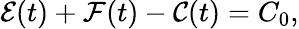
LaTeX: \mathcal{E}(t)+\mathcal{F}(t)-\mathcal{C}(t)=C_{0},